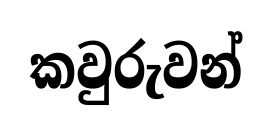
කවුරුවන්